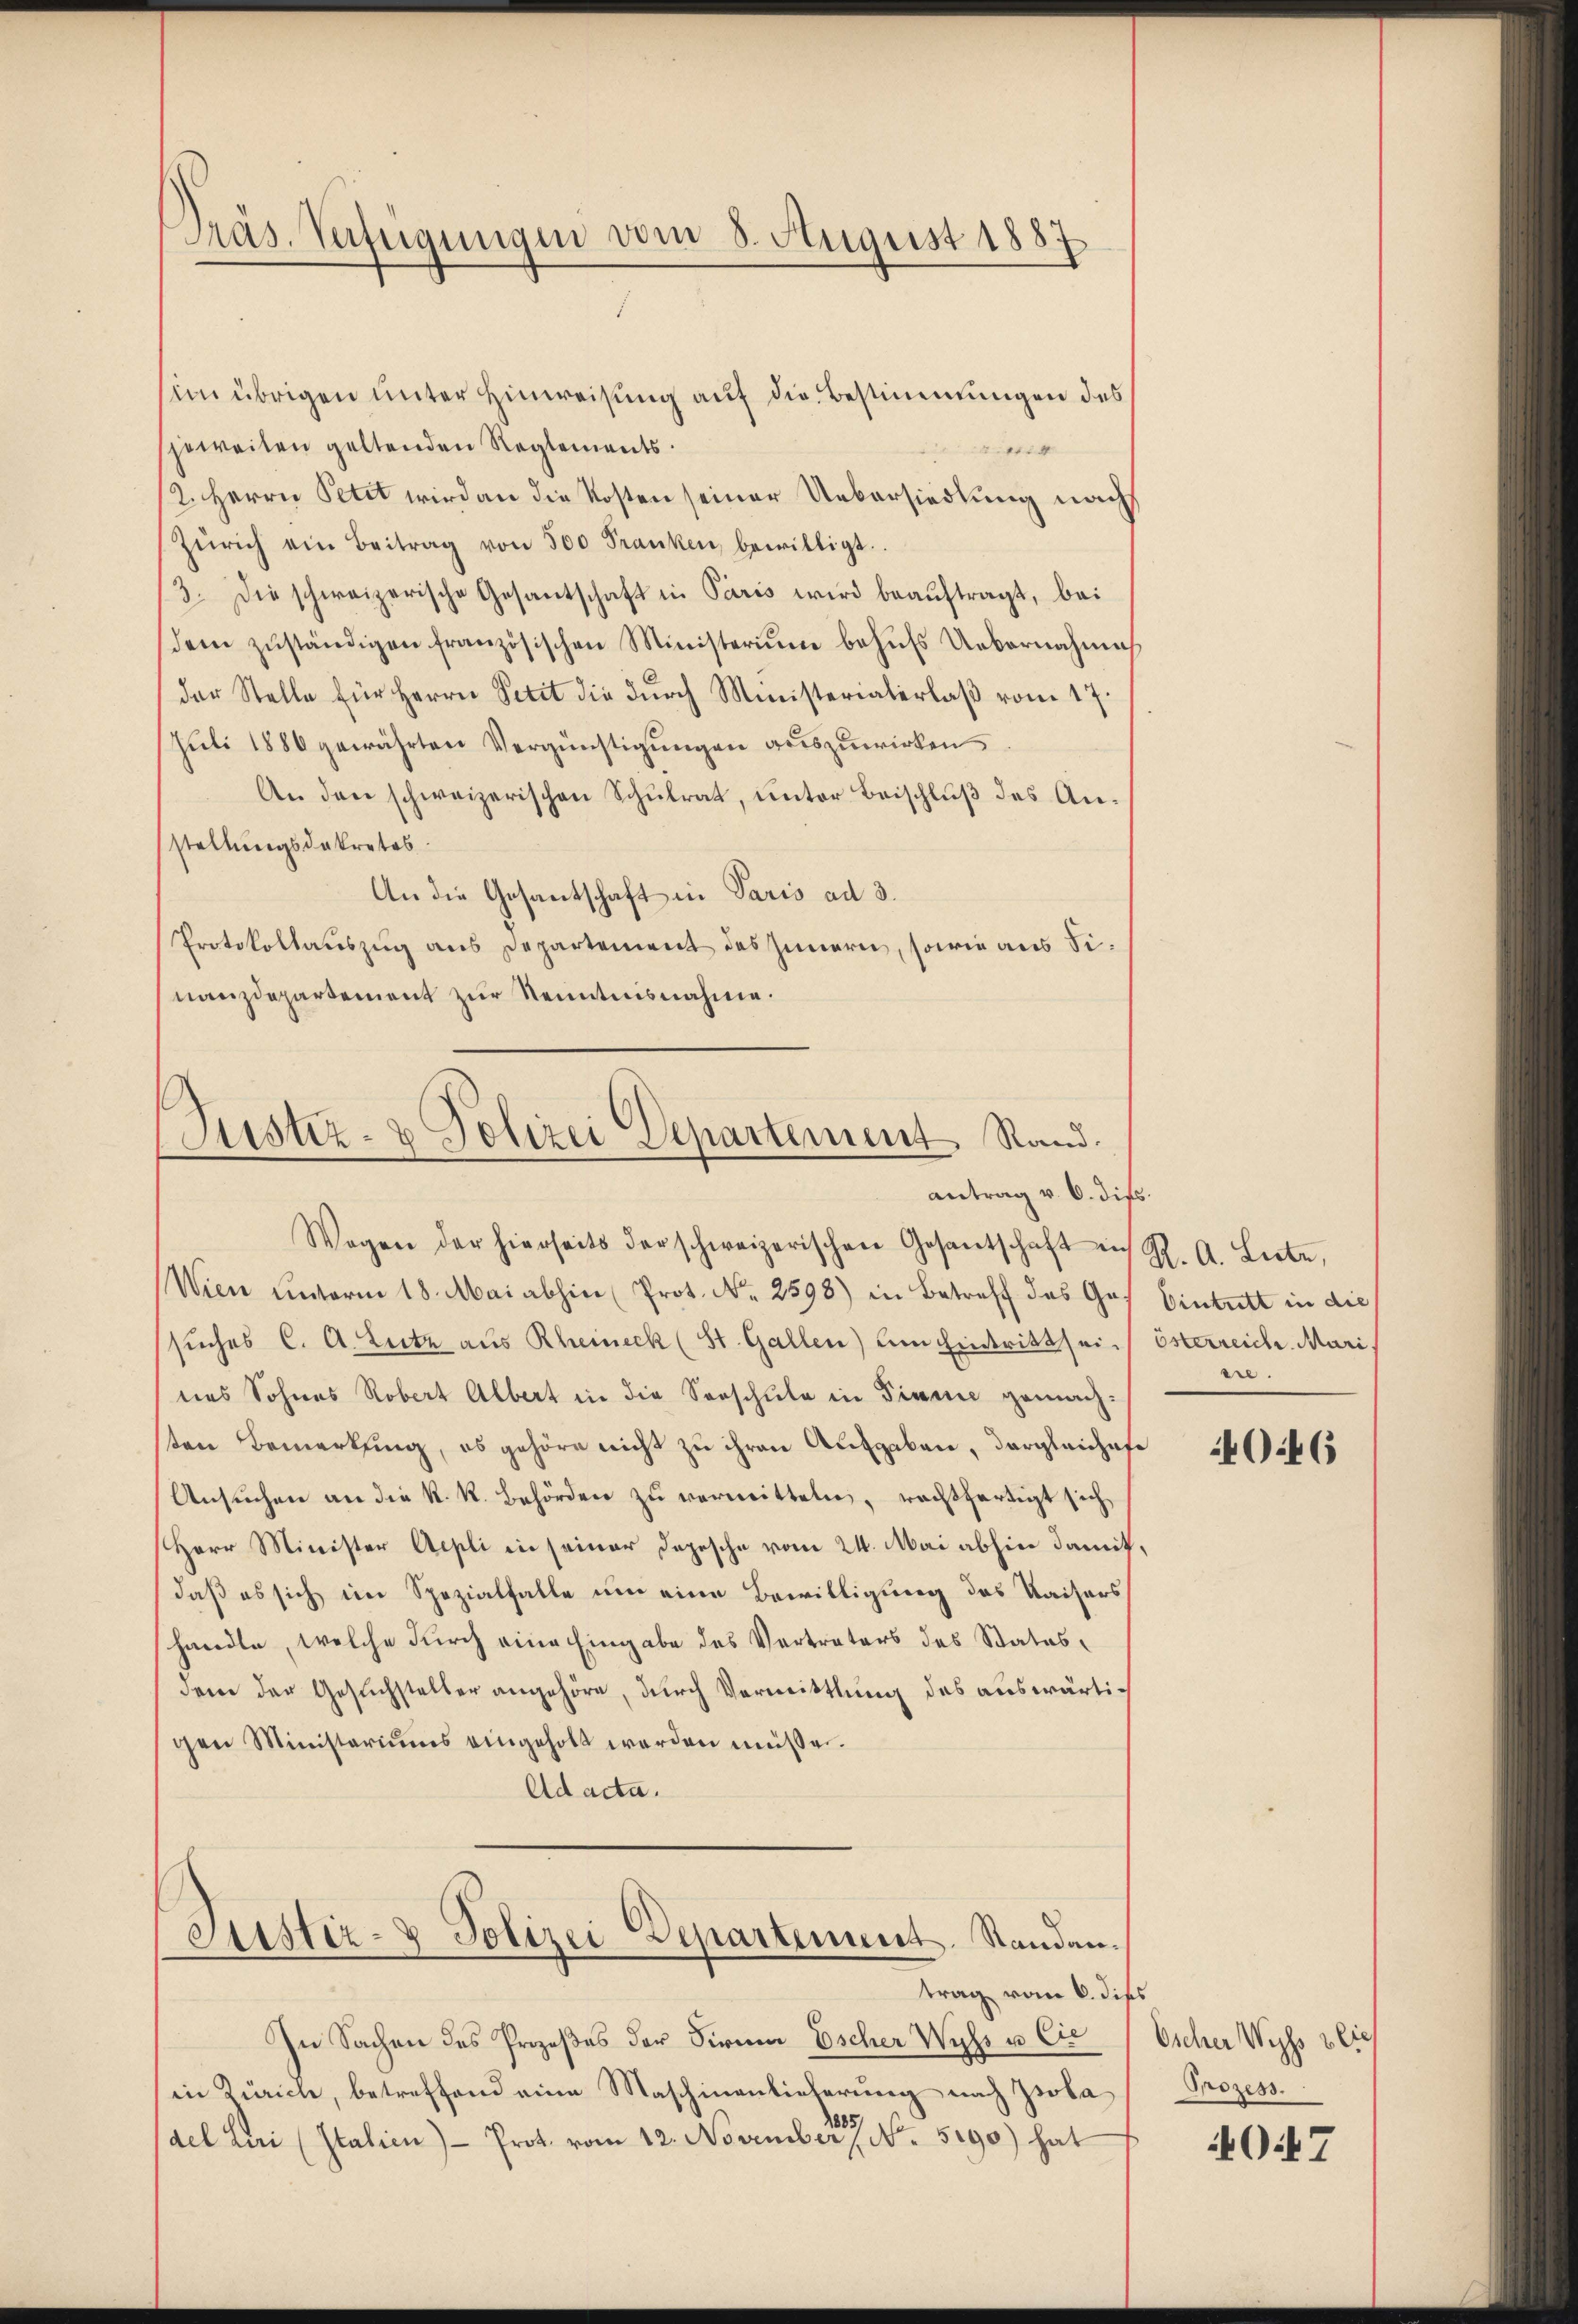
im übrigen unter Hinweisung auf die Bestimmungen des
sjeweiten geltenden Reglements.
4
2. Herrn Petit wird an die Kosten seiner Uebersiedlung nach
Zürich ein Beitrag von 500 Franken, bewilligt.
3. Die schweizerische Gesantschaft in Paris wird beauftragt, bei
dem zŭständigen französischen Ministeriŭm behŭfs Uebernahme
der Stelle für Herrn Petit die dŭrch Ministerialerlaβ vom 17.
Jŭli 1886 gewährten Vergünstigŭngen auszuwirken
An den schweizerischen Schŭlrat, unter Beischluß des Anstellungsdekretos.
An die Gesantschaft in Paris ad 3.
Protokollauszug aus Departement des Innern, sowie aus Sinanzdepartement zŭr Kenntnisnahme.

Präs. Verfügungen vom 8. August 1887

Wagen der hierseits der schweizerischen Gesantschaft aus K. A. Liebe,
Wien unterm 18. Mai abhin (Prot. Nr. 2598) in Betreff das Ge-
suches C. A. Lutz aus Rheineck (St. Gallen) um Eintritt sei. österreich. Mari
nes Sohnes Robert Albert in die Sorschule in Pinie gemachten Bemerkung, es gehöre nicht zu ihren Aufgaben, dergleichafe
Ansuchen an die K. K. Behörden zu vermitteln, rechtfertigt sich,
Herr Minister Aepli in seiner Depesche vom 24. Mai abhin damit,
daß es sich im Spezialfalle um eine Bewilligung des Kaisers
handle, welche durch eine Eingabe des Vertreters des Statusdem der Gesuchsteller angehöre, durch Vermittlung des auswärtigen Ministeriums eingeholt werden müßen.
Ad acta.

trag vom 6. dies
In Sachen des Prozeßes der Firma Escher Wyss u. Cie
in Zürich, betreffend eine Maschinenlieferung nach Isola
del beri (Italien) Prot. vom 12. November No. 5190) hat

ustiz- & Polizei Departement Rand.
antrag v. 6. diß.

Justiz- & Polizei Departement. Standen.

Eintritt in die
sie.

4046

Escher Wyss blie
Prozess.

O.7